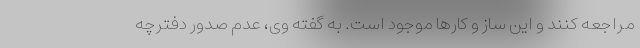
مراجعه کنند و این ساز و کارها موجود است. به گفته وی، عدم صدور دفترچه